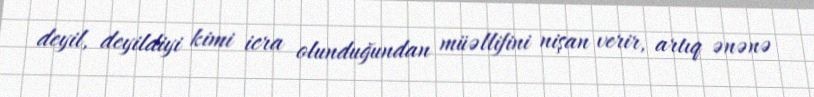
deyil, deyildiyi kimi icra olunduğundan müəllifini nişan verir, artıq ənənə